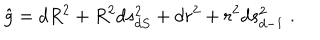
LaTeX: \hat { g } = d R ^ { 2 } + R ^ { 2 } d s _ { d S } ^ { 2 } + d r ^ { 2 } + r ^ { 2 } d s _ { d - 1 } ^ { 2 } \; .